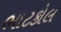
ભાટકોલ